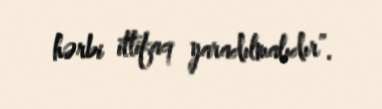
hərbi ittifaq yaradılmalıdır”.